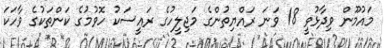
މައުމޫން ވިދާޅުވީ 18 ވަނަ ރައްޔިތުންގެ މަޖިލީހުގެ ރައީސަކު ހޮވުމުގެ ކަންތަކުގެ ވާހަކަ